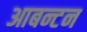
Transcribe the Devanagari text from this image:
आबन्टन